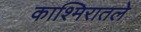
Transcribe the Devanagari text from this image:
काश्मिरातले